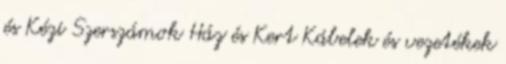
és Kézi Szerszámok Ház és Kert Kábelek és vezetékek